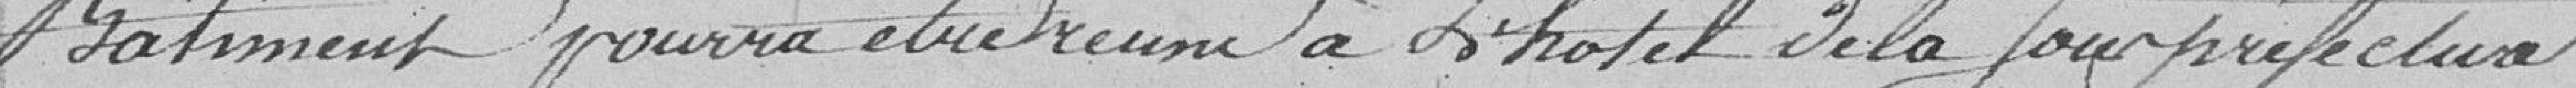
bâtiment pourra être réuni à l'hôtel de la sous préfecture